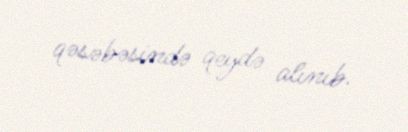
qəsəbəsində qeydə alınıb.